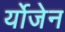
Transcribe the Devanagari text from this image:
र्योजेन